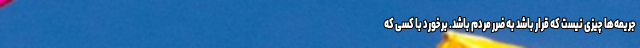
جریمه‌ها چیزی نیست که قرار باشد به ضرر مردم باشد. برخورد با کسی که